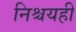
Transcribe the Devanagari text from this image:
निश्चयही